Civil Veterinary Dept. Bombay admin report 1914-1922 - 1914-1922
Year: 1914
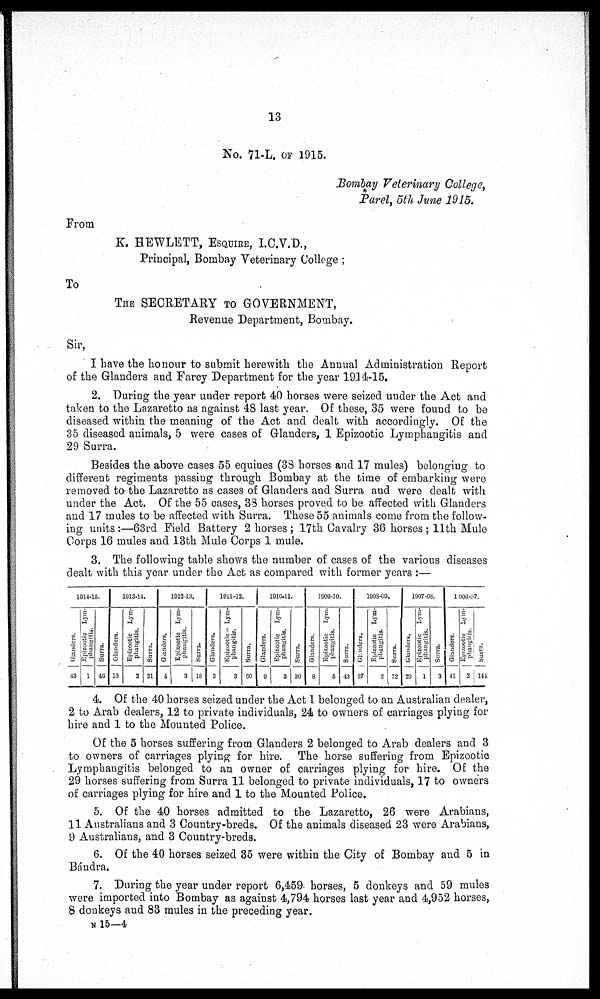
13
No. 71-L. OF 1915.
Bombay Veterinary College,
Parel, 5th June 1915.
From
K. HEWLETT, ESQUIRE, I.C.V.D.,
Principal, Bombay Veterinary College;
To
THE SECRETARY TO GOVERNMENT,
Revenue Department, Bombay.
Sir,
I have the honour to submit herewith the Annual Administration Report
of the Glanders and Farcy Department for the year 1914-15.
2. During the year under report 40 horses were seized under the Act and
taken to the Lazaretto as against 48 last year. Of these, 35 were found to be
diseased within the meaning of the Act and dealt with accordingly. Of the
35 diseased animals, 5 were cases of Glanders, 1 Epizootic Lymphangitis and
29 Surra.
Besides the above cases 55 equines (38 horses and 17 mules) belonging to
different regiments passing through Bombay at the time of embarking were
removed to the Lazaretto as cases of Glanders and Surra and were dealt with
under the Act. Of the 55 cases, 38 horses proved to be affected with Glanders
and 17 mules to be affected with Surra. These 55 animals come from the follow-
ing units :—63rd Field Battery 2 horses; 17th Cavalry 36 horses; 11th Mule
Corps 16 mules and 13th Mule Corps 1 mule.
3. The following table shows the number of cases of the various diseases
dealt with this year under the Act as compared with former years :—
1914-15.
Glanders.
43
Epizootic Lym-
phangitis.
1
Surra.
46
1913-14.
Glanders.
13
Epizootic Lym-
phangitis.
2
Surra.
21
1912-13.
Glanders.
4
Epizootic Lym-
phaugitis.
3
Surra.
18
1911-12.
Glanders.
3
Epizootic- Lym-
phangitis.
3
Surra.
60
1910-11.
Glanders.
0
Epizootic
Lym-
phangitis.
3
Surra.
30
1909-10.
Glanders.
8
Epizootic Lym-
phangitis.
5
Surra.
43
1908-09.
Glanders.
27
Epizootic Lym-
phangitis.
2
Surra.
72
1907-08.
Glanders.
20
Epizootic
Lym-
phangitis.
1
Surra.
3
1906-07.
Glanders.
41
Epizootic Lym-
phangitis.
2
Surra.
141
4. Of the 40 horses seized under the Act 1 belonged to an Australian dealer,
2 to Arab dealers, 12 to private individuals, 24 to owners of carriages plying for
hire and 1 to the Mounted Police.
Of the 5 horses suffering from Glanders 2 belonged to Arab dealers and 3
to owners of carriages plying for hire. The horse suffering from Epizootic
Lymphangitis belonged to an owner of carriages plying for hire. Of the
29 horses suffering from Surra 11 belonged to private individuals, 17 to owners
of carriages plying for hire and 1 to the Mounted Police.
5. Of the 40 horses admitted to the Lazaretto, 26 were Arabians,
11 Australians and 3 Country-breds. Of the animals diseased 23 were Arabians,
9 Australians, and 3 Country-breds.
6. Of the 40 horses seized 35 were within the City of Bombay and 5 in
Bándra.
7. During the year under report 6,459 horses, 5 donkeys and 59 mules
were imported into Bombay as against 4,794 horses last year and 4,952 horses,
8 donkeys and 83 mules in the preceding year.
N 15—4